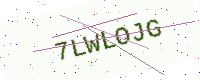
Text: 7LWLOJG